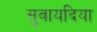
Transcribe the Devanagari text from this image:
सुवायदिया